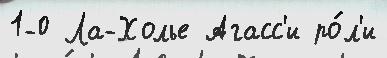
1-0 Ла-Холье Агасс'и ро́л'и